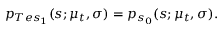
p _ { T e s _ { 1 } } ( s ; \mu _ { t } , \sigma ) = p _ { s _ { 0 } } ( s ; \mu _ { t } , \sigma ) .